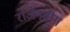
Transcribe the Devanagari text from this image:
रोजेनवीग